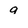
Character: 9